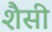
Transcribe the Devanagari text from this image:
शैसी